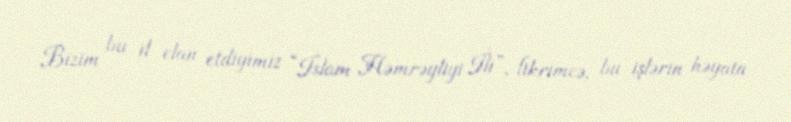
Bizim bu il elan etdiyimiz “İslam Həmrəyliyi İli”, fikrimcə, bu işlərin həyata